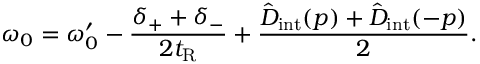
\omega _ { 0 } = \omega _ { 0 } ^ { \prime } - \frac { \delta _ { + } + \delta _ { - } } { 2 t _ { \mathrm { R } } } + \frac { \hat { D } _ { \mathrm { i n t } } ( p ) + \hat { D } _ { \mathrm { i n t } } ( - p ) } { 2 } .